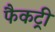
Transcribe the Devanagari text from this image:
फैकट्री